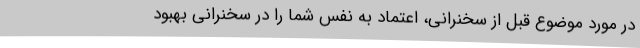
در مورد موضوع قبل از سخنرانی، اعتماد به نفس شما را در سخنرانی بهبود